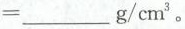
=___g/cm^{3}。